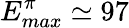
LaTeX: E_{max}^{\pi}\simeq 97